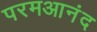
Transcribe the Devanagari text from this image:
परमआनंद